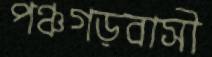
পঞ্চগড়বাসী